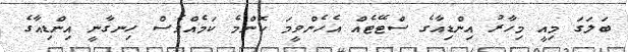
ބަލަގަ މިއީ މިހާރު އިންޑިއާގެ ސްޓޭޓެއް އެހެންވީމަ ކޮންމެ ކަމެއްވެސް ހިނގާނީ އިންޑިއާގެ